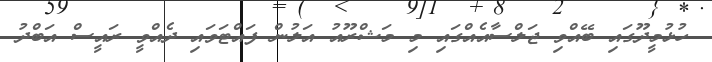
ހުޅުމީދޫގައި ބޭއްވި ޖަލްސާއެއްގައި މި މަޝްރޫއު އަލުން ފައްޓަވައި ދެއްވީ ރައީސް އަބްދު